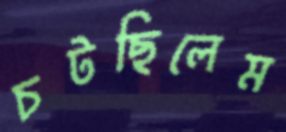
চটছিলেম